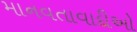
માનવતાવાદીઓ